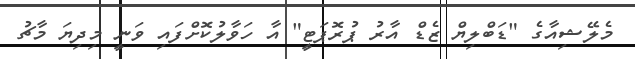
މެލޭޝިއާގެ "ޑަބްލިޔް ޒެޑް އާރު ޕުރޮޕަޓީ" އާ ހަވާލުކޮށްފައި ވަނީ މިދިޔަ މާޗު